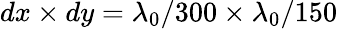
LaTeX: dx\times dy=\lambda_{0}/300\times\lambda_{0}/150